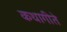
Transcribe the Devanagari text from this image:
कथागीते